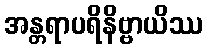
အန္တရာပရိနိဗ္ဗာယိဿ